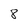
Character: 8